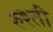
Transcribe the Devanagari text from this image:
रुश्ती